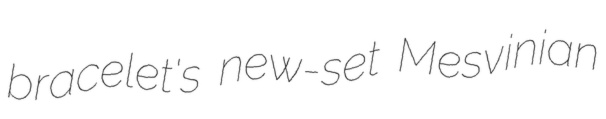
bracelet's new-set Mesvinian